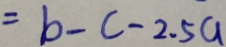
= b - c - 2 . 5 a